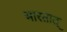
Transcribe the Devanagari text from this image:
भारतात्